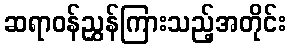
ဆရာဝန်ညွှန်ကြားသည့်အတိုင်း